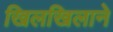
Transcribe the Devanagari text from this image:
खिलखिलाने